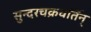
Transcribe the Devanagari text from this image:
सुन्दरचक्रवर्तिन्